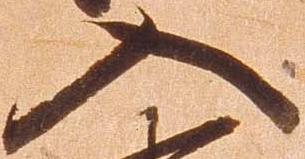
入